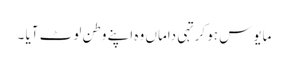
مایوس ہو کر تہی داماں وہ اپنے وطن لوٹ آیا ۔